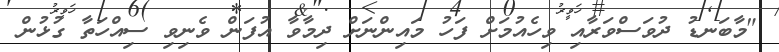
"މާބަނޑު ދުވަސްވަރާއި ވިހެއުމަށް ފަހު މައިންނަށް ދިމާވާ އުފަން ވެނިވި ސިއްހަތާ ގުޅުން